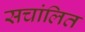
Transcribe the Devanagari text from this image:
सचांलित